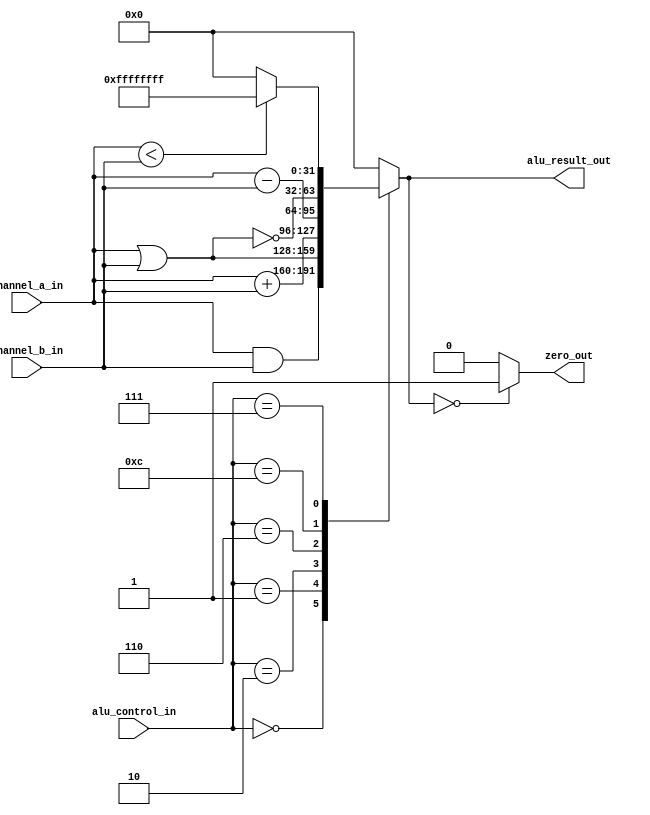
`timescale 1ns / 1ps

`define ALU_AND  4'b0000
`define ALU_OR   4'b0001
`define ALU_ADD  4'b0010
`define ALU_SUBTRACT 4'b0110
`define ALU_LESS_THAN 4'b0111
`define ALU_NOR 4'b1100
`define WORD_SIZE 32 

module alu( alu_control_in,  channel_a_in , channel_b_in , zero_out , alu_result_out  );

// ---------------------------------------------------------
// Input output declarations 
// --------------------------------------------------------- 

input wire [3:0] alu_control_in ;  
input wire [`WORD_SIZE-1:0] channel_a_in ; 
input wire [`WORD_SIZE-1:0] channel_b_in ; 

output reg zero_out ; 
output reg [`WORD_SIZE-1:0] alu_result_out ; 

reg [`WORD_SIZE-1:0] temp ; 

// ---------------------------------------------------------
// Parameters 
// --------------------------------------------------------- 

always @(*) 

begin

	case (alu_control_in)   // R Type Instruction 
	
		`ALU_AND :      temp = channel_a_in & channel_b_in ; 
		`ALU_OR :       temp = channel_a_in | channel_b_in ; 
		`ALU_ADD :      temp = channel_a_in + channel_b_in ; 
		`ALU_SUBTRACT : temp = channel_a_in - channel_b_in ; 
		`ALU_NOR :  temp = ~ (channel_a_in | channel_b_in) ; 
		
		`ALU_LESS_THAN :  
		
						if (channel_a_in < channel_b_in) begin 
							temp = { `WORD_SIZE {1'b1} } ; 
						end 
						
						else begin 
							 temp = { `WORD_SIZE {1'b0} } ; 
						end  
		
		default : temp = { `WORD_SIZE {1'b0} } ; 
	
	endcase  

	// Final results 
	
	alu_result_out = temp ; 
	zero_out = (temp == 0) ? 1 : 0 ; 

end 

endmodule